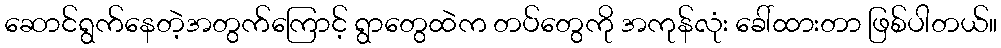
ဆောင်ရွက်နေတဲ့အတွက်ကြောင့် ရွာတွေထဲက တပ်တွေကို အကုန်လုံး ခေါ်ထားတာ ဖြစ်ပါတယ်။